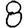
Digit: 8